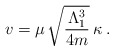
\begin{align*}v=\mu\,\sqrt{\frac{\Lambda_1^3}{4m}}\,\kappa\;.\end{align*}